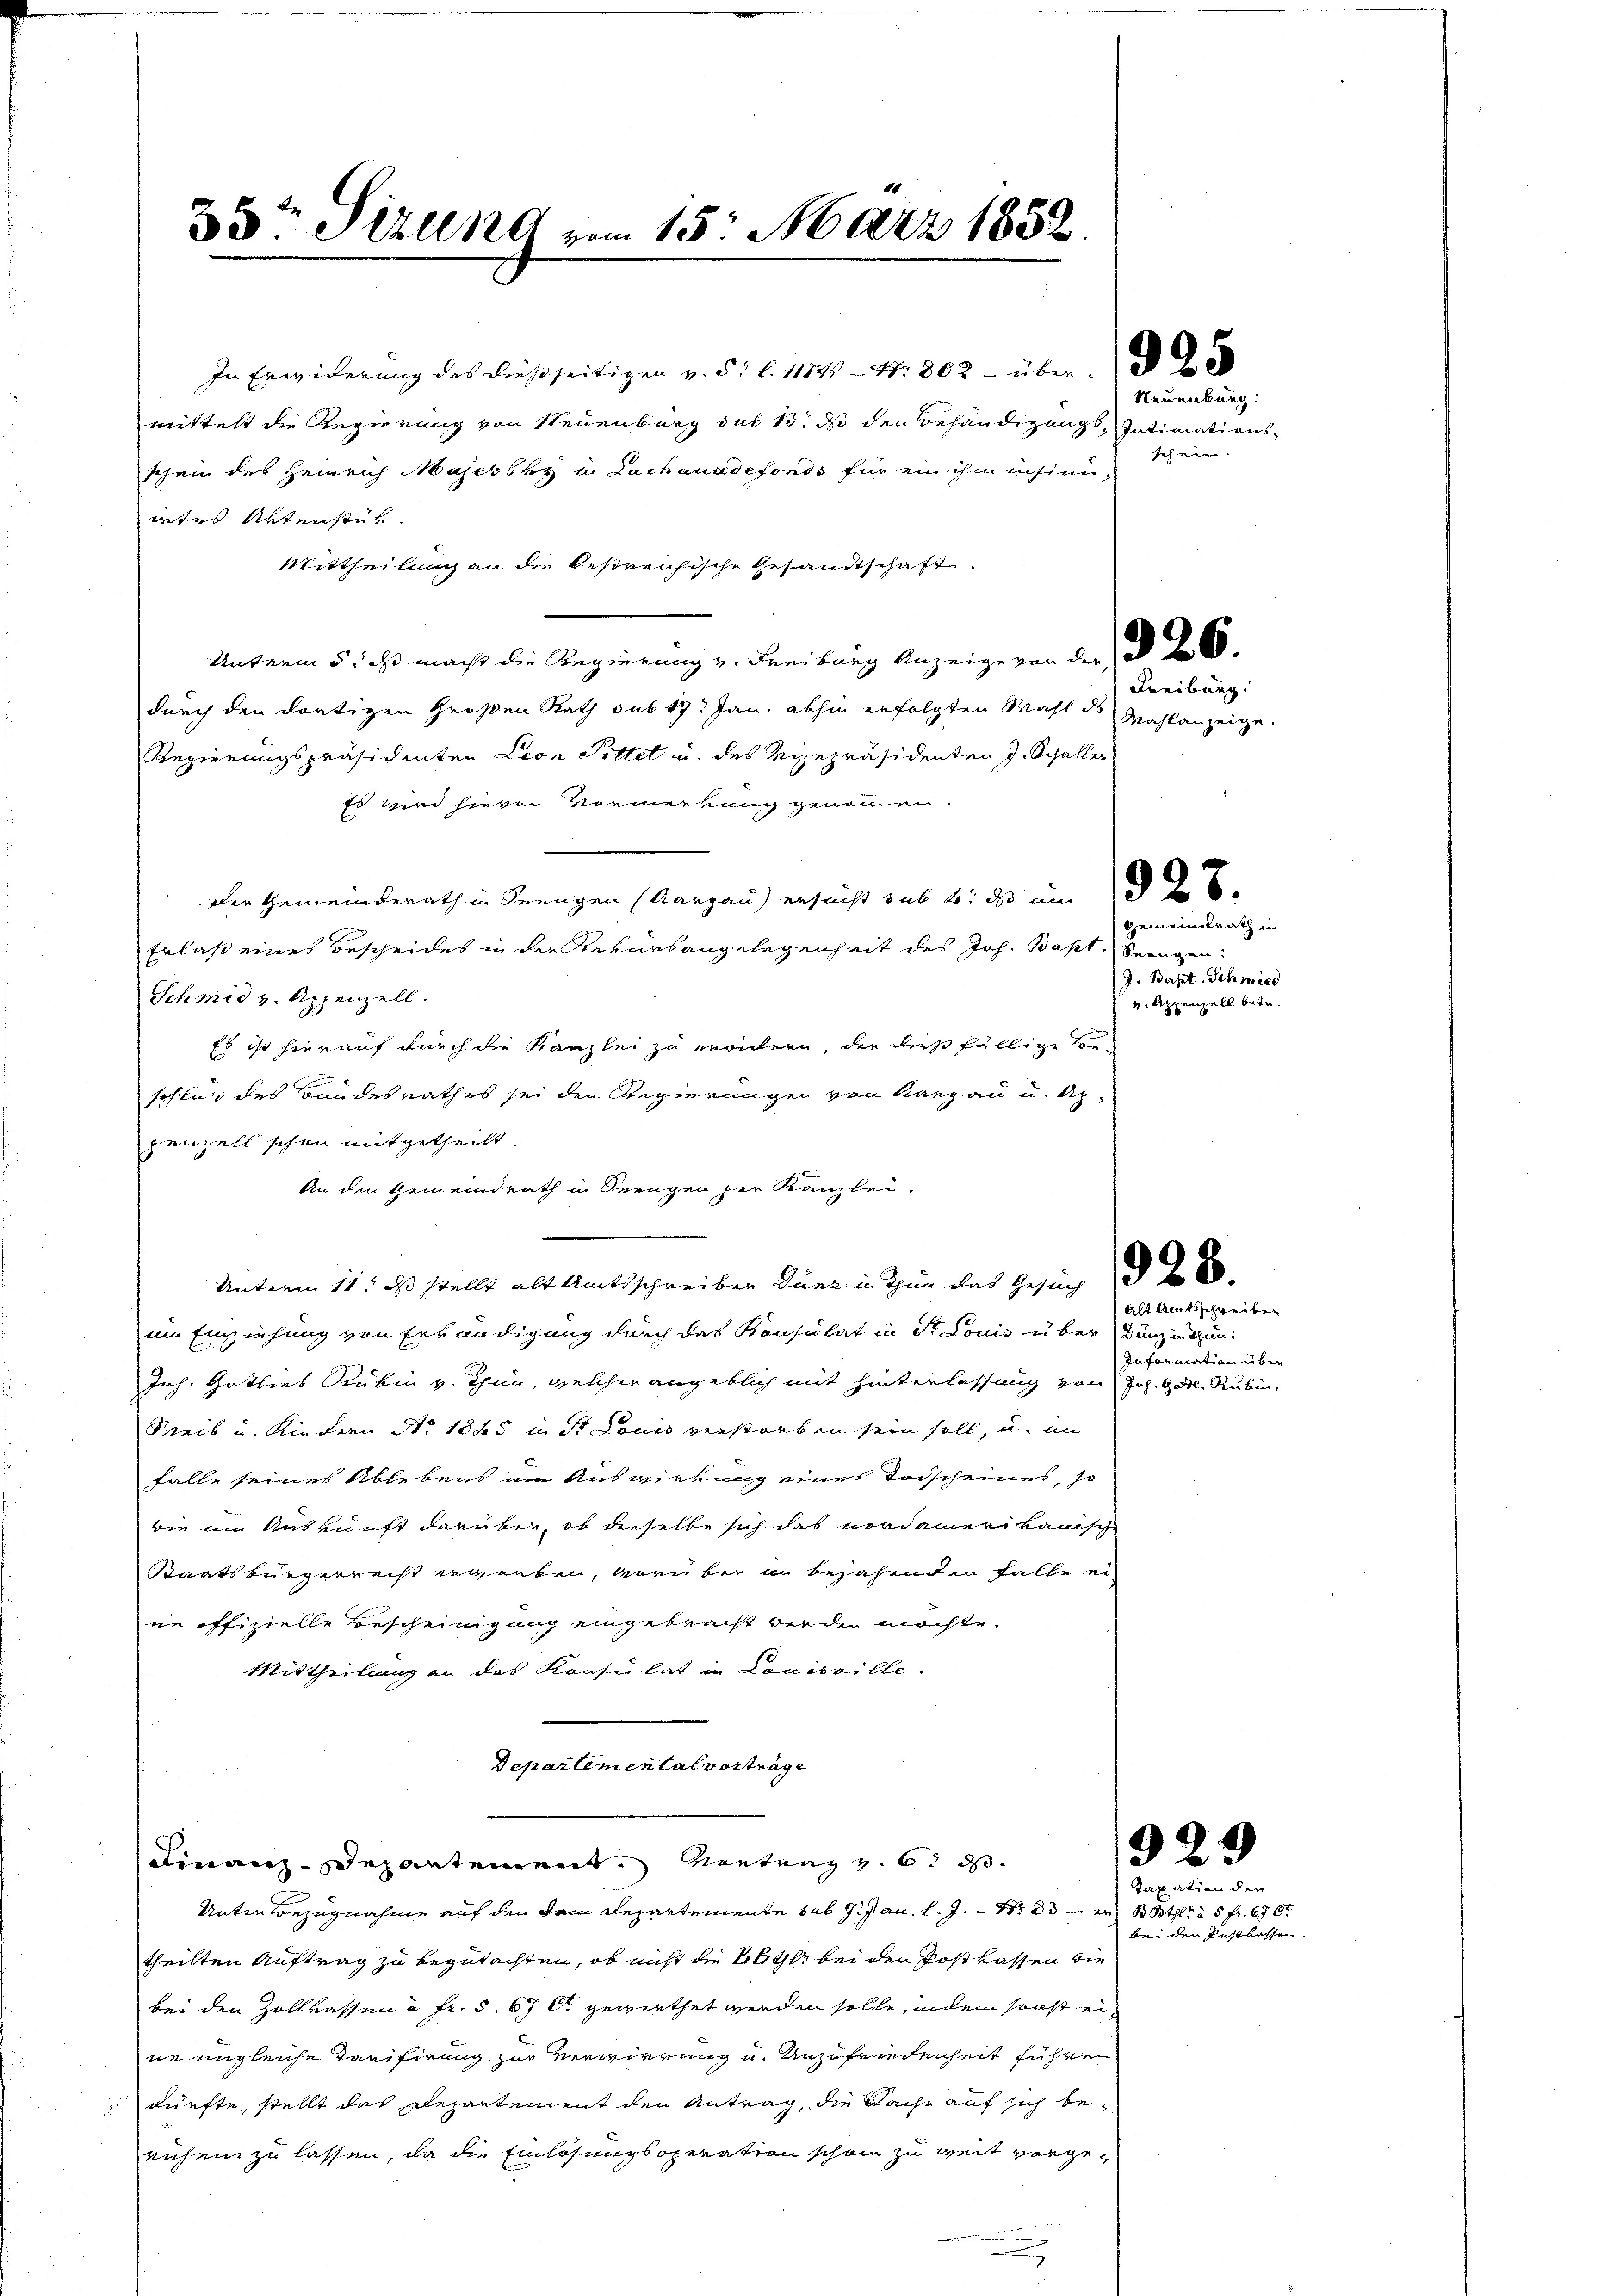
35te Situng vom 15. März 1852.

In Erwiderung des dießseitigen v. 5. l. 1114 - Nr. 802 - über
wittelt die Regierung von Steuenburg des 13. ds den Behändigungs-Intimationsschein des Heinrich Majesbry u. Lachanndefonds für ein ihm insinn-
irtes Aktenstüh
Mittheilung an die Oestreichische Gesandtschaft.
Unterm 5. ds. macht die Regierung v. Freiburg Anzeige von der § 268
durch den dortigen Großen Rath sub 17. Jan. abhin erfolgten Wahl des Wahlanzeige.
Regierungspräsidenten Leon Pittet u. des Vizepräsidenten J. Schaller
Es wird hievon Vormerkung genommen.
Der Gemeinderath in Seengen (Aargau ersucht sub 2. ds um
Erlaß eines Bescheides in der Rekursangelegenheit des Joh. Bast, beaugen
Schmid v. Appenzell.
Es ist hierauf durch die Kanzlei zu erwiedern, der dießfällige Beschluß des Bandesrathes sei den Regierungen von Aargau u. Ap-
penzell schon mitgetheilt.
An den Gemeindrath in Seengen der Kanzlei-
Unterm 11. ds. stellt als Amtsschreiben düre in Thun das Gesuch § 28
im Einziehung von Erkändigung durch das Konsulat in St. Louis über Dunzinsun¬
Joh. Gottes Rubin v. Thun, welcher angeblich mit hinterlassung von Joh. Gott. Rubin,
Keib u. Kindern No 1865 u. St. Louis verstorben sein soll, u. im
falle seines Ablebens im Auswirkung eines Todscheines, so
wie im Auskunft darüber, ob dieselbe sich das nordamerikanisch
Staatsbürgerrecht ergerben, vorüber in bejahenden Falle ei-
ne offizielle Bescheinigung eingebracht werden möchte.
Mittheilung an das Konsulat in Louisville.
Departemental vorträge

Finanz-Departement. Vortrag v. 6. d.

Neuenburg.
sehnen. |

Freiburg.

928.

Gemeindrath in
J. Bapt. Schmied
v. Appenzell betr.

Unter Bezugnahme auf den dem Departemente sub J. Jan. l. J. Nr. 83 — in Both à 5 Fr. 676.
theilten Auftrag zu begutachten, ob nicht die alle bei der Postkassen die
bei den Zollkassen à Fr. 5. 67 l gewiethet werden solle, indem sonst eine ungleiche Tarifirung zur Verwirrung u. Unzuferdenheit führen
dürfte, stellt das Departement den Antrag, die Sache auf sich beruhen zu lassen, da die Einlösungsoperation schon zu weit vorge¬

alt Amtsschreiben
Information über

929
Bunden

Bei den gestrassen.